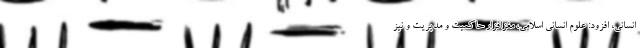
انسانی، افزود: علوم انسانی اسلامی، مغزافزار حاکمیت و مدیریت و نیز